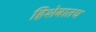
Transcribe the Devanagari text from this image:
हिशेबातच